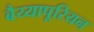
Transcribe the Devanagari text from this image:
बैय्यापूरियन